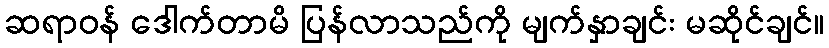
ဆရာဝန် ဒေါက်တာမိ ပြန်လာသည်ကို မျက်နှာချင်း မဆိုင်ချင်။